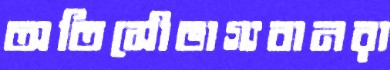
অতিসৌভাগ্যবানরা